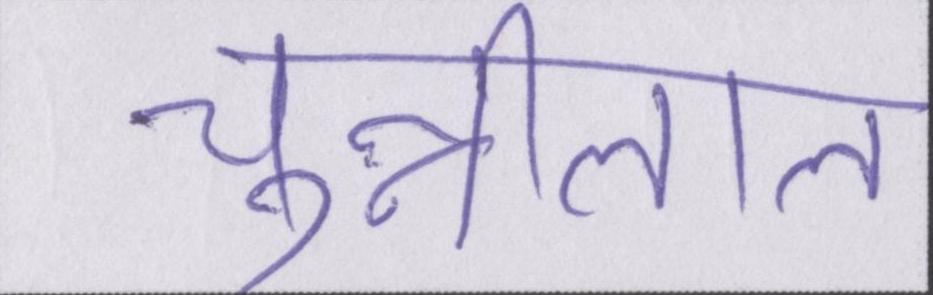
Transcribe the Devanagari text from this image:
चुन्नीलाल